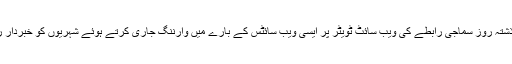
سعودی حکام نے گذشتہ روز سماجی رابطے کی ویب سائٹ ٹویٹر پر ایسی ویب سائٹس کے بارے میں وارننگ جاری کرتے ہوئے شہریوں کو خبردار رہنے کی ہدایت کی۔